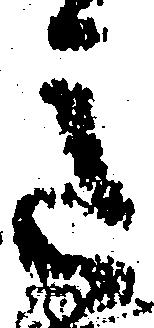
意